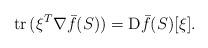
LaTeX: \begin{align*}{\rm tr}\, (\xi^T\nabla \bar{f}(S)) ={\rm D} \bar{f}(S)[\xi].\end{align*}